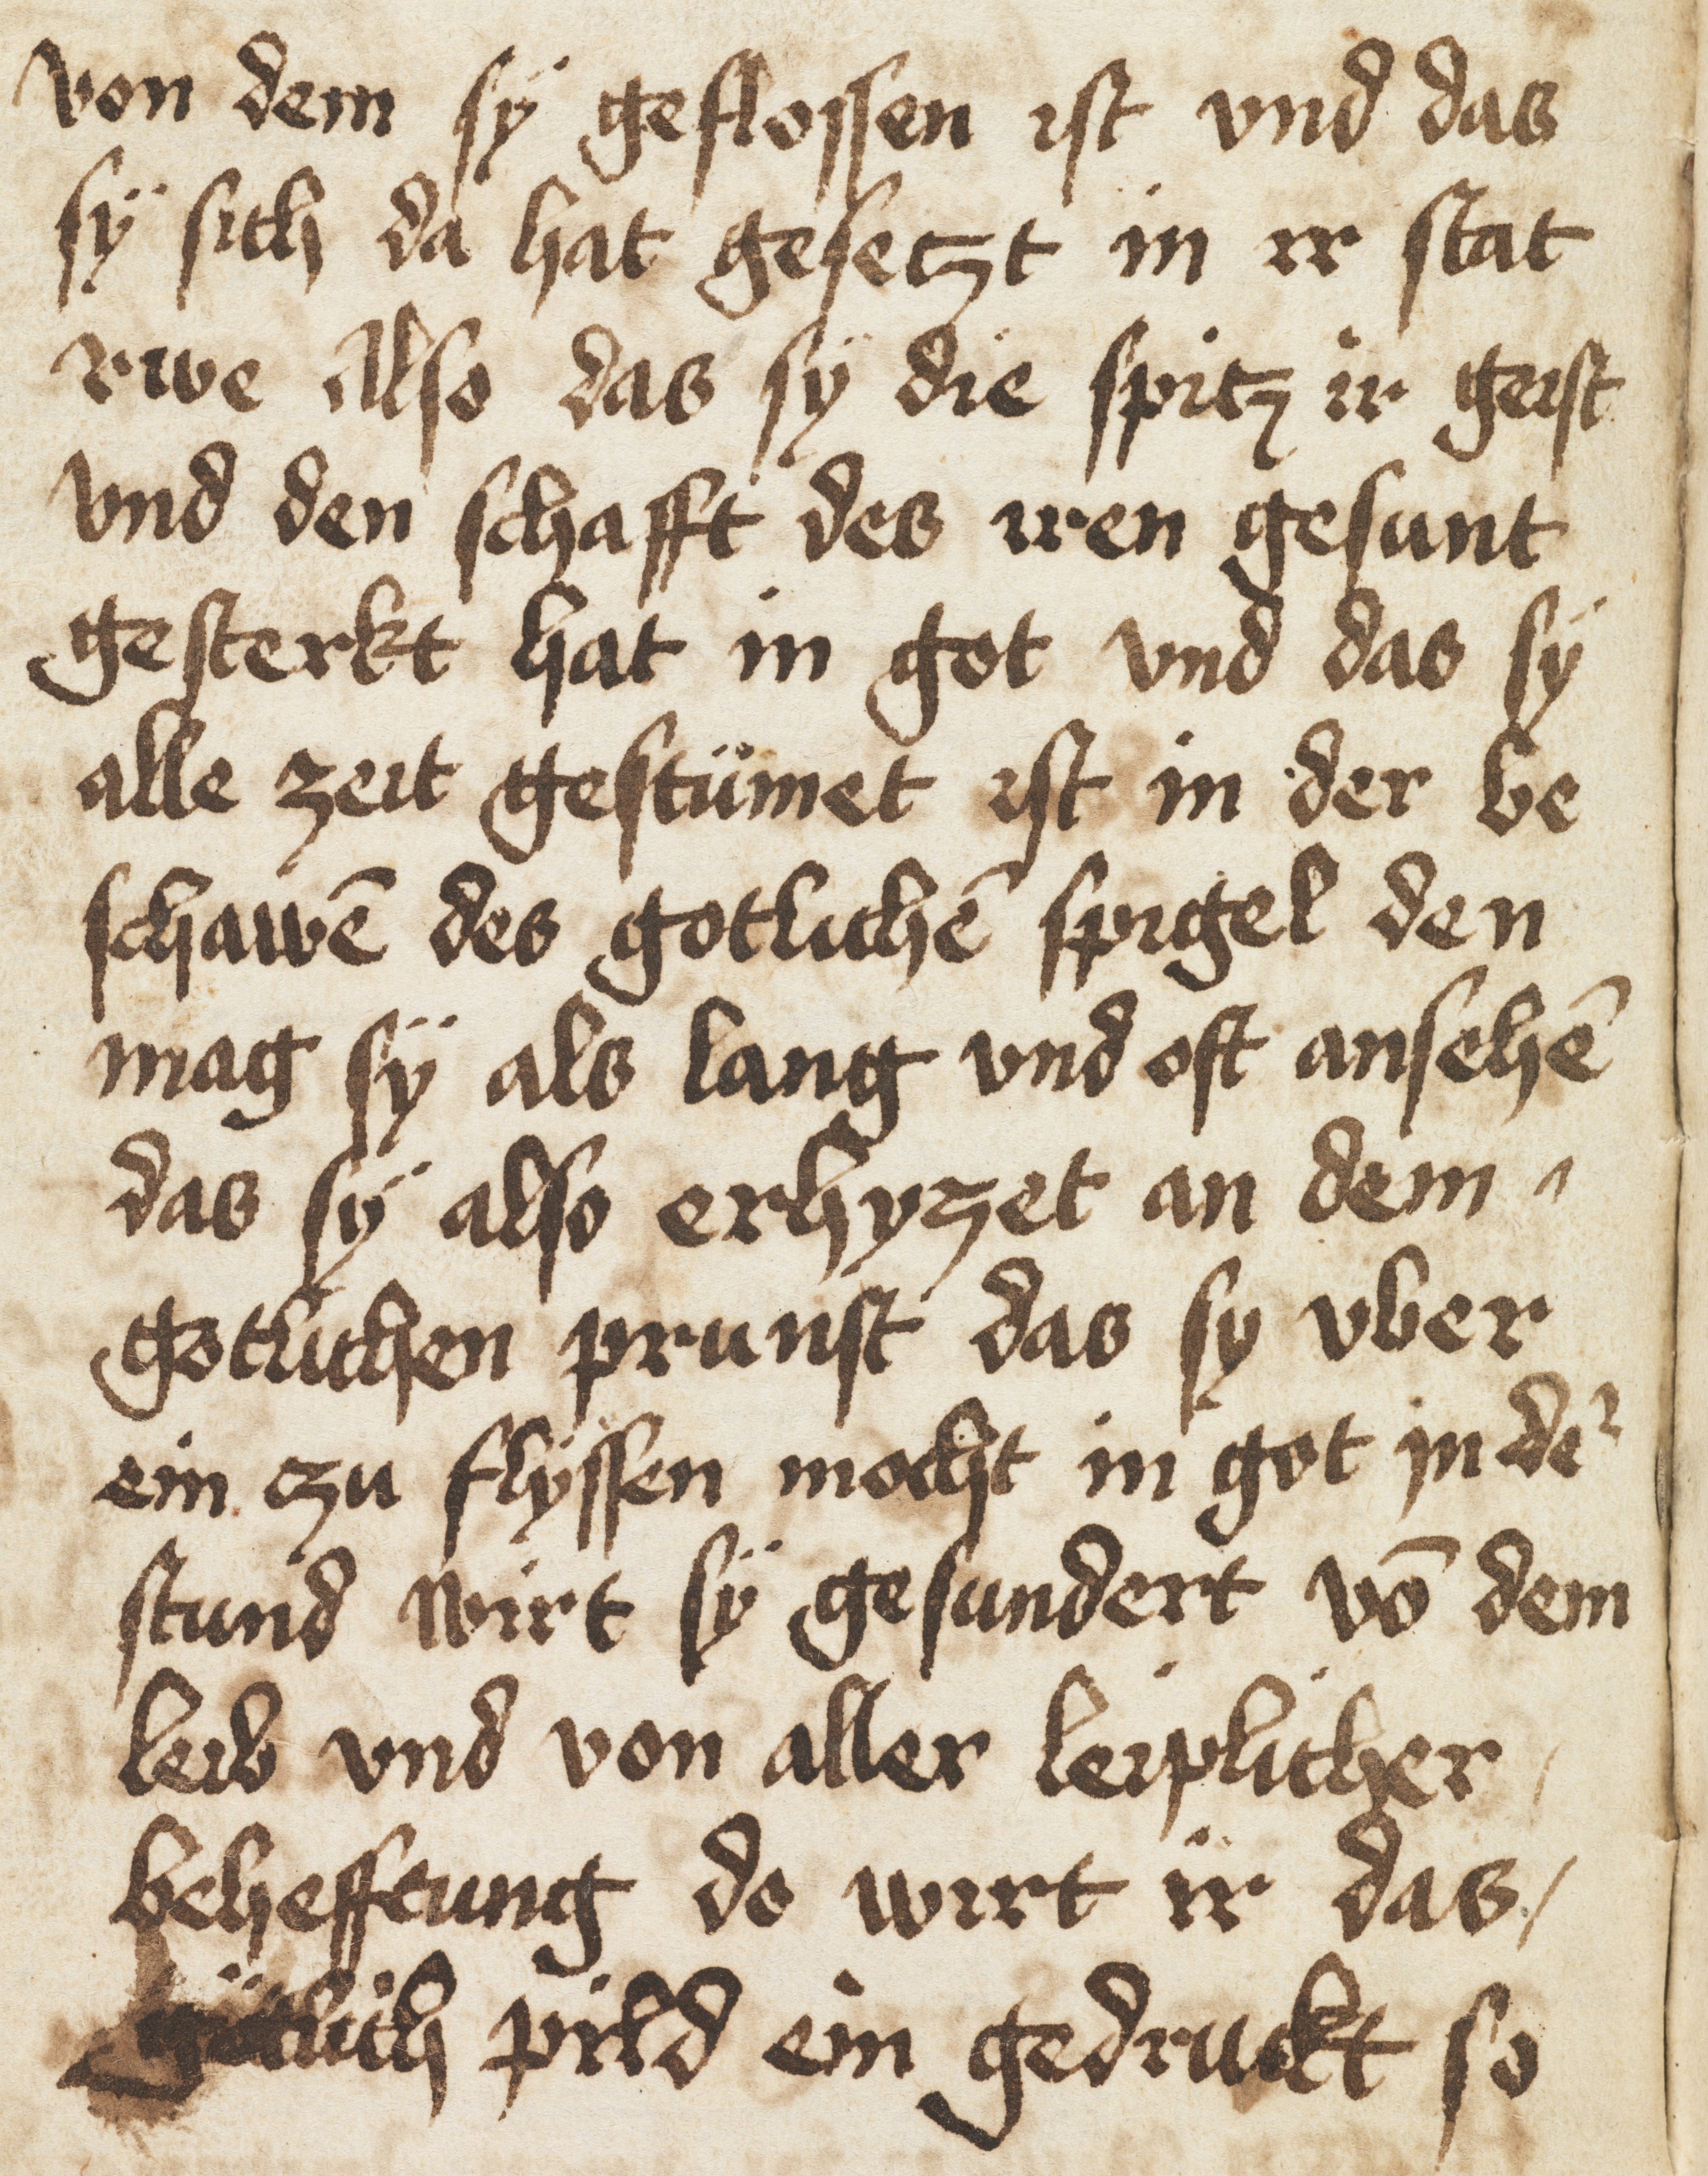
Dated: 1400–1499